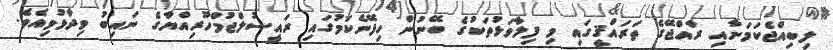
ލިބިއްޖެކަމަށާއި ރާއްޖޭގެ ތަރައްޤީގައި މި ފިލާވަޅުތަކުގެ ބޭނުން ހިފޭނެކަމުގައި ރައީސުލްޖުމްހޫރިއްޔާގެ ނައިބު ވިދާޅުވިއެވެ.